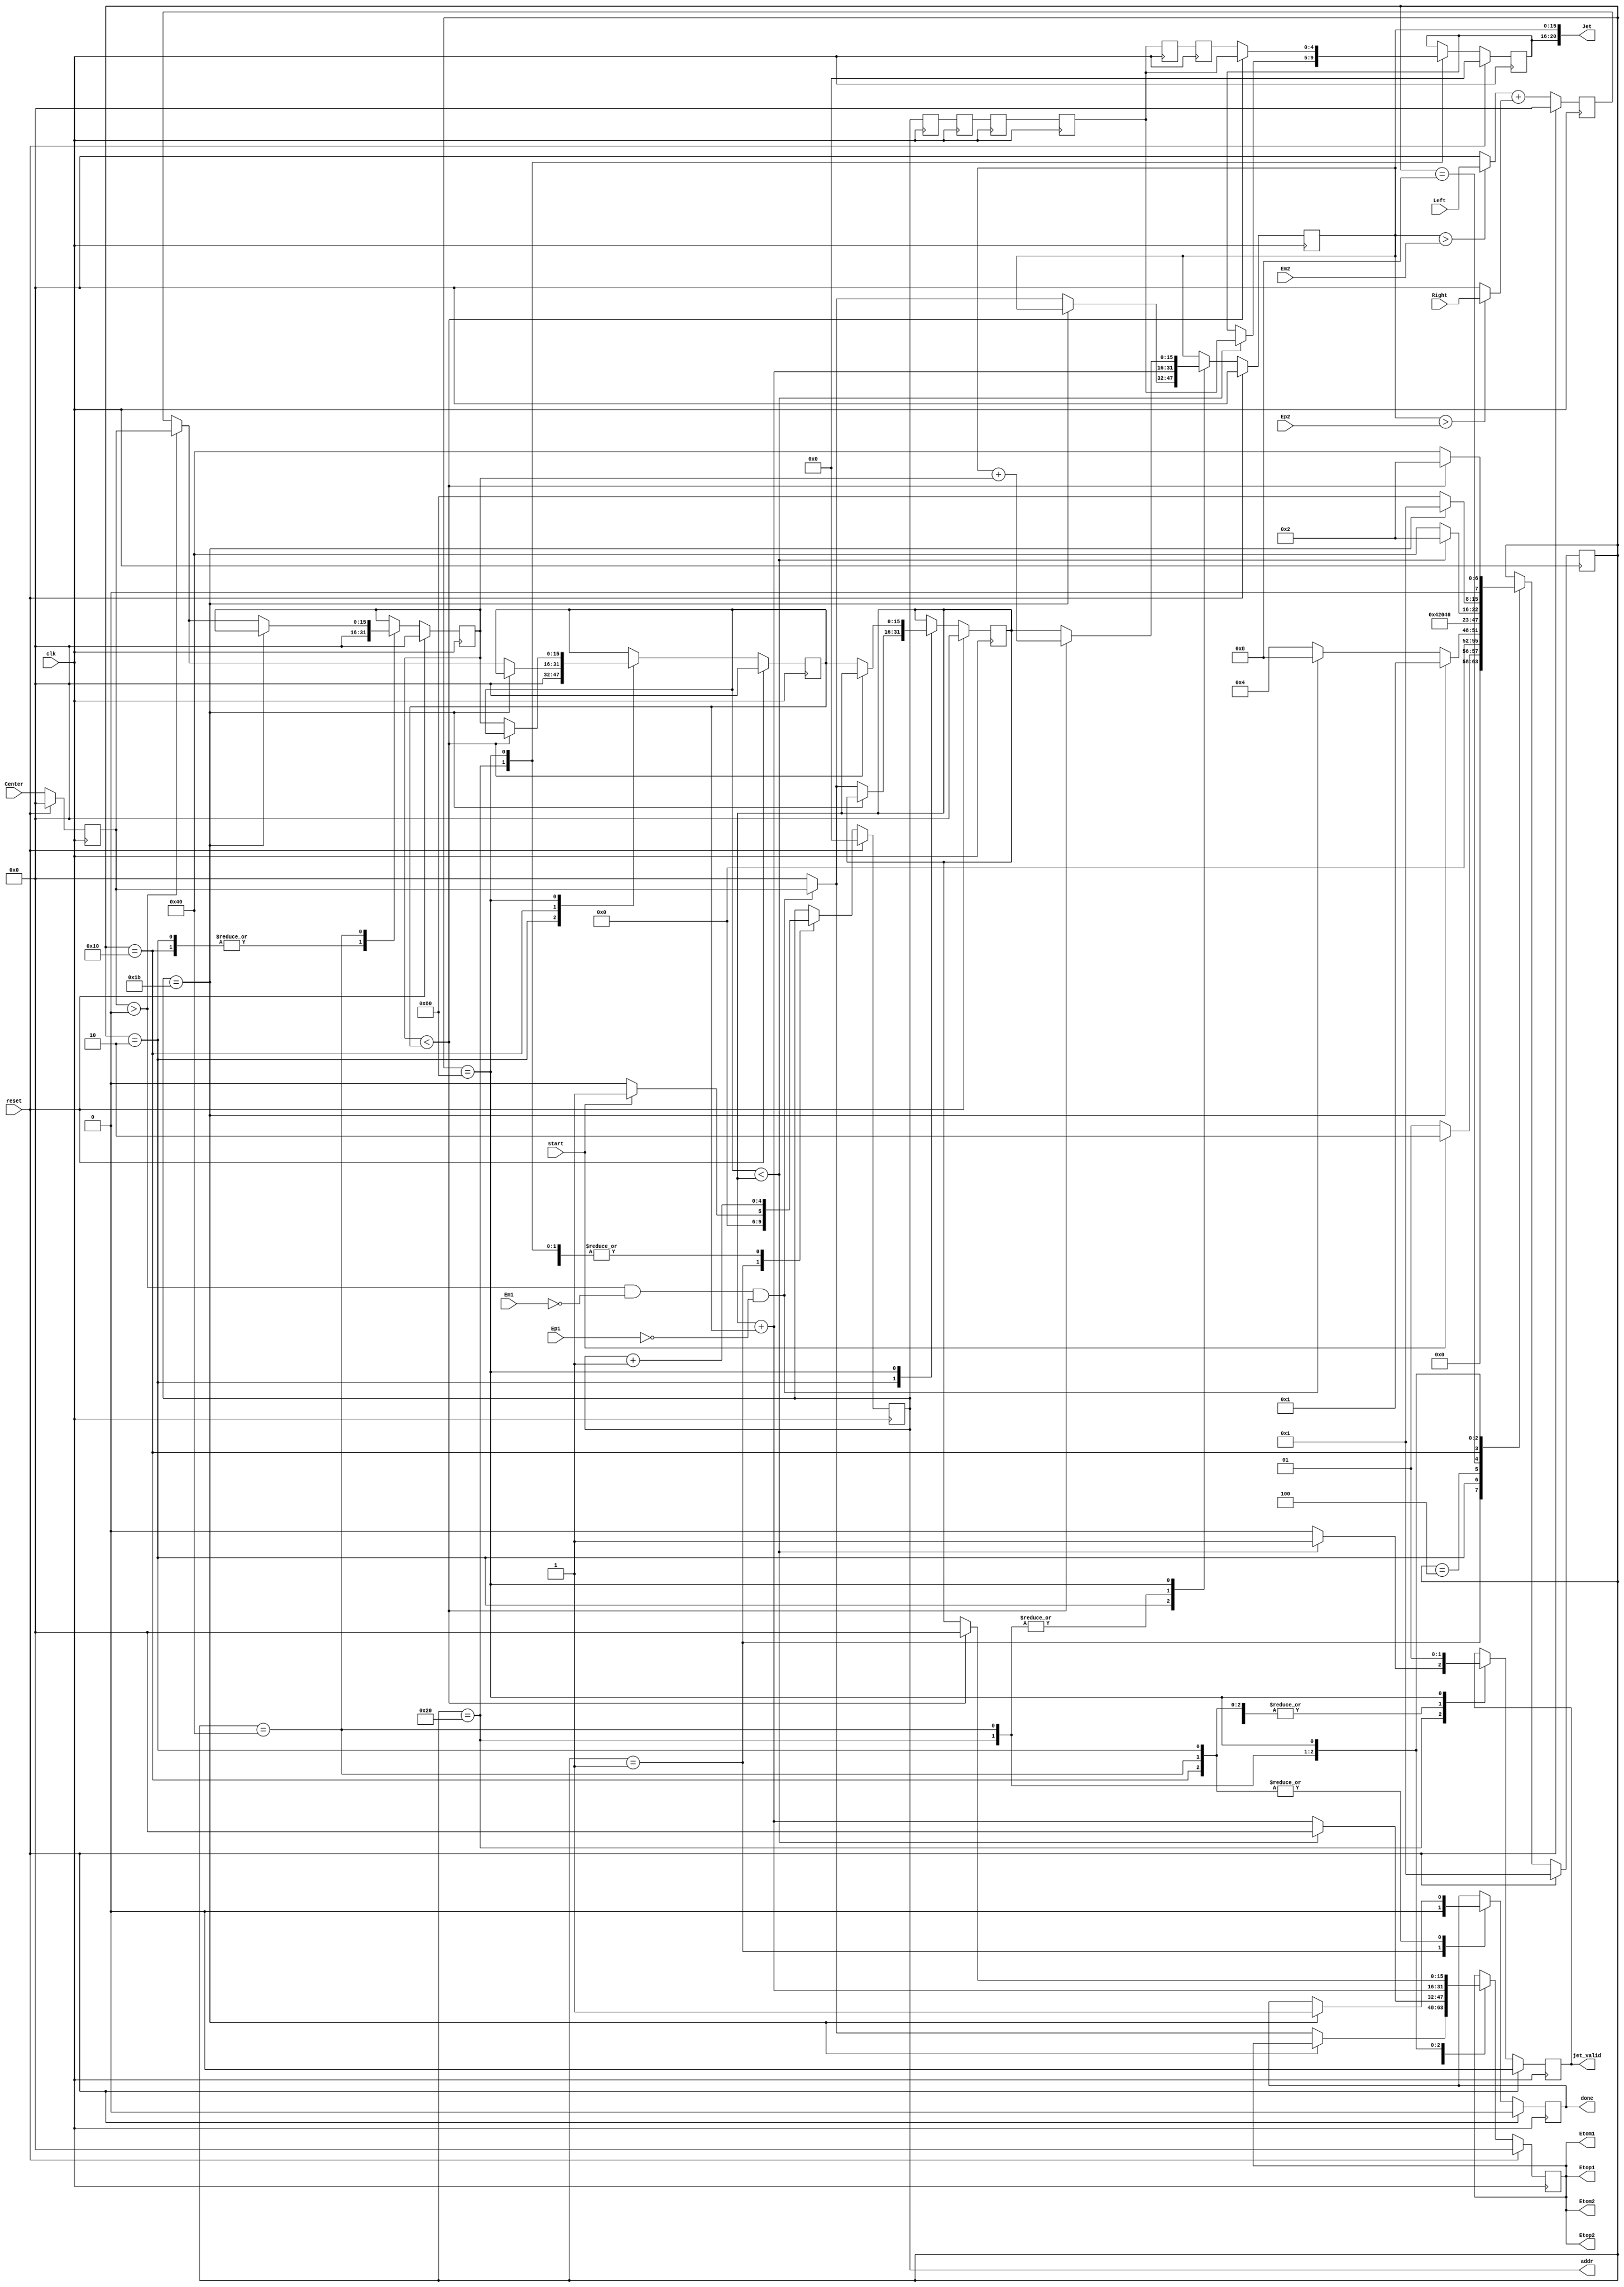
`timescale 1ns / 1ps
//////////////////////////////////////////////////////////////////////////////////
// Company: 
// Engineer: 
// 
// Design Name: 
// Module Name: build_jet
// Project Name: 
// Target Devices: 
// Tool Versions: 
// Description: 
// 
// Dependencies: 
// 
// Revision:
// Revision 0.01 - File Created
// Additional Comments:
// 
//////////////////////////////////////////////////////////////////////////////////


module build_jet
 #(
   parameter NPHI1 = 27
  )
  (
    input clk,
    input reset,
    input start,
    
    input [15:0] Center,
    input [15:0] Left,
    input [15:0] Right,
    
    input [15:0] Em2,
    input [15:0] Em1,
    input [15:0] Ep1,
    input [15:0] Ep2,
    output  [15:0] Etom2,
    output  [15:0] Etom1,
    output  [15:0] Etop1,
    output  [15:0] Etop2,
    
    output reg [4:0] addr, //request phi bin
    
    output [20:0] Jet, //output
    output jet_valid,   //valid output
    output reg done
  );
  
  //lagging addr: 4 clocks delay from algorithm and 2 more from memory latency
  reg [4:0] addr1=0;
  reg [4:0] addr2=0;
  reg [4:0] addr3=0;
  reg [4:0] addr4=0;
  reg [4:0] addr5=0;
  reg [4:0] addr6=0;
  always @(posedge clk) begin
    addr1 <= addr;
    addr2 <= addr1;
    addr3 <= addr2;
    addr4 <= addr3;
    addr5 <= addr4;
    addr6 <= addr5;
  end
  
  //
  reg Jvalid = 0;
  reg [4:0] Jphi;
  reg [15:0] Ecl;
  reg [15:0] Ecl_out;
  reg [15:0] E0;
  reg [15:0] E1;
  reg [15:0] E2;
  assign jet_valid = Jvalid;
  assign Jet = {Jphi[4:0],Ecl[15:0]}; 
 
  reg [15:0] Ec;
  reg [15:0] En;  
  wire [15:0] El;  
  wire [15:0] Er; 
  assign El = (Ecl > Em2)? Left  : 0;
  assign Er = (Ecl > Ep2)? Right : 0;
  always @(posedge clk) begin
    if(reset) begin
      Ec <= 0;
      En <= 0;
    end
    else begin
      Ec <= Center;
      En <= El + Er;
    end
  end
  
  assign Etom2 = Ecl_out;
  assign Etom1 = Ecl_out;
  assign Etop1 = Ecl_out;
  assign Etop2 = Ecl_out;
  
  //state machine 
  parameter IDLE= 8'b00000001;
  parameter S0  = 8'b00000010;
  parameter S00 = 8'b00000100;
  parameter S01 = 8'b00001000;
  parameter S1  = 8'b00010000;
  parameter S11 = 8'b00100000;
  parameter S2  = 8'b01000000;
  parameter S22 = 8'b10000000;
    
  reg [7:0] state = S0;  
  always @(posedge clk) begin
     if(reset) begin
        state <= IDLE;
        Jvalid <=0;
        Jphi   <=0;
        addr   <=0;
        done   <=0;
        E0  <= 0;
        E1  <= 0;
        E2  <= 0;
        Ecl     <= 0;
        Ecl_out <= 0;
     end
     else
       case (state)
         IDLE: begin
           Jvalid <=0;
           done   <=0;
           if(start) begin
             addr  <= 1;
             state <= S0;
           end
           else begin
             addr  <= 0;
             state <= IDLE;
           end
         end
         S0  : begin
           Jvalid <=0;
           E1 <=0;
           E2 <=0;
           if(addr == NPHI1) begin
             done <=1;
             state<= IDLE;
           end
           else if(Ec > 0 && Em1==0 && Ep1 == 0) begin
             E0  <= Ec;
             Ecl     <= Ec;
             Ecl_out <= Ec;
             state <= S01;
           end
           else begin
             E0  <= 0;
             Ecl     <= 0;
             Ecl_out <= 0;
             state <= S00;
           end
         end
         S00 : begin
           addr <= addr + 1;
           Jvalid <=0;
           state <= S0;
         end
         S01 : begin
           addr <= addr + 1;
           Jvalid <=0;
           state <= S1;
         end
         S1  : begin
           Jvalid <=0;
           E2 <= 0;
           if(addr == NPHI1) begin
             done <=1;
             state<= IDLE;
           end
           else if(Ec >0 ) 
             E1 <= Ec;
           else
             E1 <= En;
           state <= S11; 
         end
         S11 : begin
           addr <= addr + 1;
           Ecl     <= E0 + E1;
           if(E1 < E0) begin
              Ecl_out <= 0;
              Jphi    <= addr4;
              Jvalid  <= 1;
              state   <= S0;
           end
           else begin
              Ecl_out <= E0 + E1;
              Jvalid <=0;
              state   <= S2;
           end
         end
         S2 : begin
           Jvalid <=0;
           Ecl     <= E0 + E1;
           Ecl_out <= E0 + E1;
           if(addr == NPHI1) begin
             done <=1;
             state<= IDLE;
           end
           else begin
             if(Ec > 0)
               E2 <= Ec;
             else
               E2 <= En;
           state <= S22; 
           end
         end
         S22 : begin
           addr <= addr + 1;
           if( E2 < E1) begin
              Ecl     <= Ecl + E2;
              Ecl_out <= 0;
              Jphi   <= addr4;
              Jvalid <= 1;
              state  <= S0;
           end
           else begin
              Ecl    <= E0;
              Ecl_out<= E0;
              E0     <= E1;
              E1     <= E2;
              Jphi   <= addr6;
              Jvalid <= 1;
              state  <= S2;
           end
         end
       endcase
  end
    
endmodule